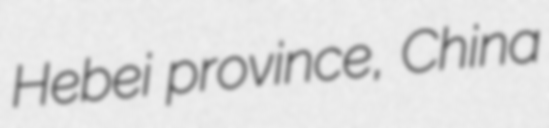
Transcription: Hebei province, China